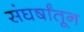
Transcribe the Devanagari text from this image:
संघर्षांतून